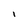
Character: l